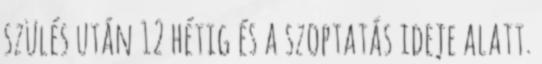
szülés után 12 hétig és a szoptatás ideje alatt.